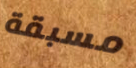
مسبقة